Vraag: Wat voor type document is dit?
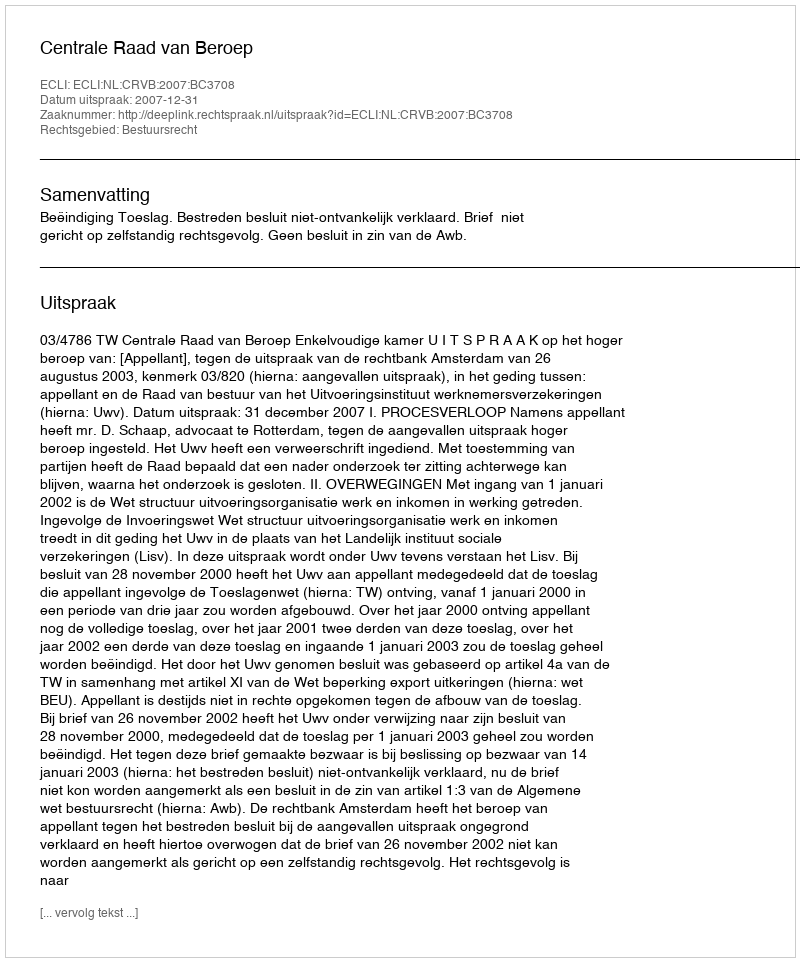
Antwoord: Uitspraak